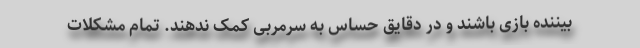
بیننده بازی باشند و در دقایق حساس به سرمربی کمک ندهند. تمام مشکلات